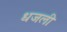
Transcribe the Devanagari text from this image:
धजली